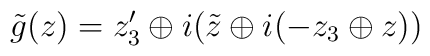
\tilde{g}(z)= z_{3}^{\prime}\oplus   i(\tilde{z}\oplus   i(-z_{3}\oplus z))